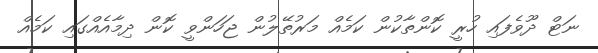
ނަޓް ދޫވެފައި ހުރީ ކޮންތާކުން ކަމެއް މަރުތޭލުން ޖަހަންވީ ކޮން ދިމާއެއްގައި ކަމެއް